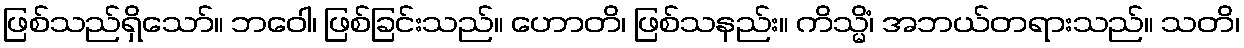
ဖြစ်သည်ရှိသော်။ ဘဝေါ၊ ဖြစ်ခြင်းသည်။ ဟောတိ၊ ဖြစ်သနည်း။ ကိသ္မိံ၊ အဘယ်တရားသည်။ သတိ၊